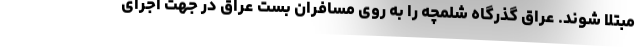
مبتلا شوند. عراق گذرگاه شلمچه را به روی مسافران بست عراق در جهت اجرای